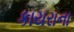
કાયરાના